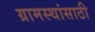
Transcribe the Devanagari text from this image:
ग्रामस्थांसाठी